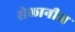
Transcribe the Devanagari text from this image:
सेलानीज